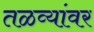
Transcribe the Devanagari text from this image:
तळव्यांवर